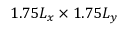
1 . 7 5 L _ { x } \times 1 . 7 5 L _ { y }